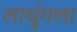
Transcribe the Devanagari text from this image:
लाचुंगला